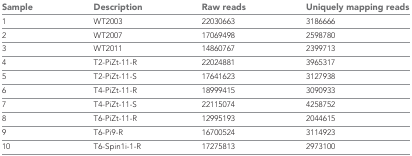
| Sample | Description | Raw reads | Uniquely mapping reads |
 | --- | --- | --- | --- |
 | 1 | WT2003 | 22030663 | 3186666 |
 | 2 | WT2007 | 17069498 | 2598780 |
 | 3 | WT2011 | 14860767 | 2399713 |
 | 4 | T2-PiZt-11-R | 22024881 | 3965317 |
 | 5 | T2-PiZt-11-S | 17641623 | 3127938 |
 | 6 | T4-PiZt-11-R | 18999415 | 3090933 |
 | 7 | T4-PiZt-11-S | 22115074 | 4258752 |
 | 8 | T6-PiZt-11-R | 12995193 | 2044615 |
 | 9 | T6-Pi9-R | 16700524 | 3114923 |
 | 10 | T6-Spin1i-1-R | 17275813 | 2973100 |